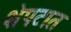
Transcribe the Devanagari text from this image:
शेपटात